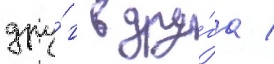
дру́г в дру́га /